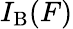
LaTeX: I_{\mathrm{B}}(F)